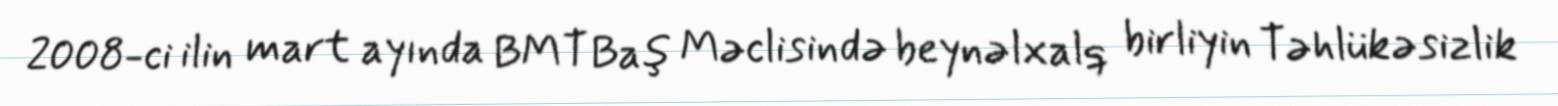
2008-ci ilin mart ayında BMT Baş Məclisində beynəlxalq birliyin Təhlükəsizlik